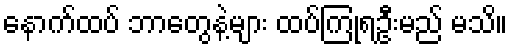
နောက်ထပ် ဘာတွေနဲ့များ ထပ်ကြုံရဦးမည် မသိ။